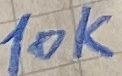
Text: 10K